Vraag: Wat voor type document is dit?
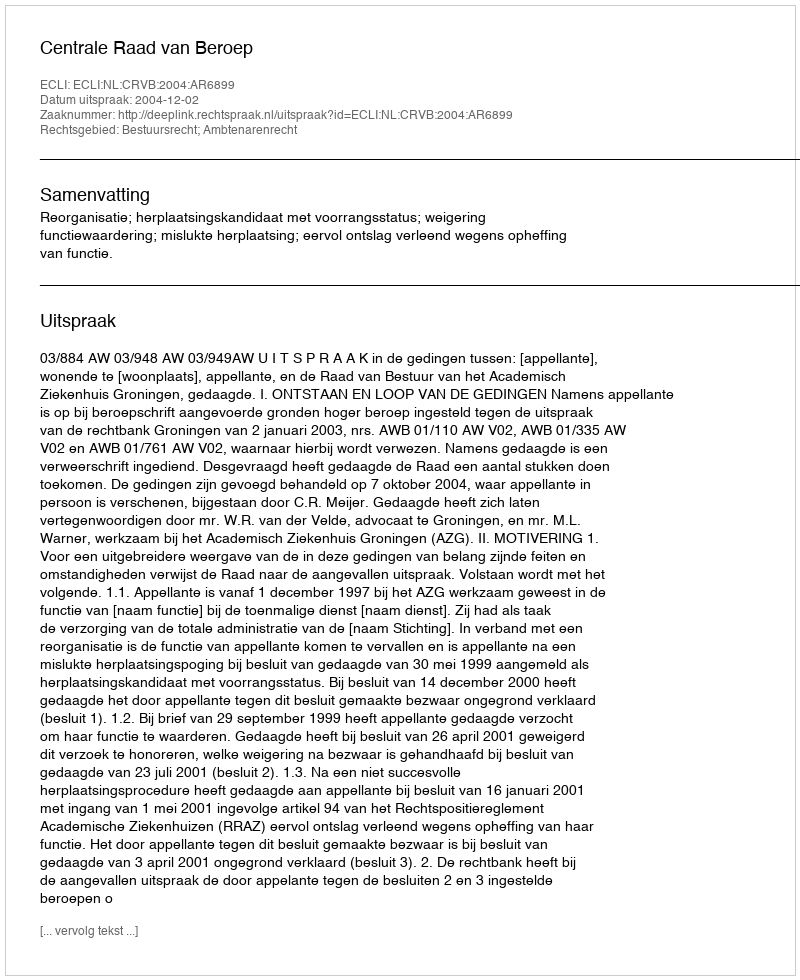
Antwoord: Uitspraak